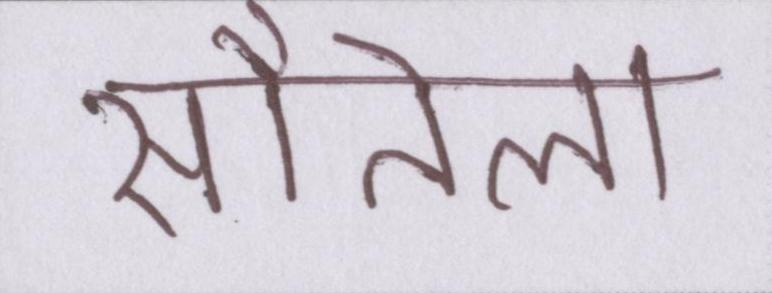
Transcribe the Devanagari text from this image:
सौतेला